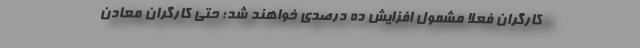
کارگران فعلاً مشمول افزایش ده درصدی خواهند شد؛ حتی کارگران معادنِ